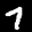
Label: 7